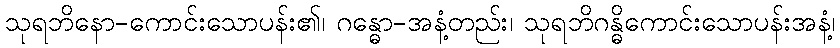
သုရဘိနော-ကောင်းသောပန်း၏၊ ဂန္ဓော-အနံ့တည်း၊ သုရဘိဂန္ဓိကောင်းသောပန်းအနံ့၊